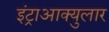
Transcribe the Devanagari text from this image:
इंट्राआक्युलार